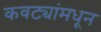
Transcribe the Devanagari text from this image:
कवट्यांमधून